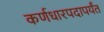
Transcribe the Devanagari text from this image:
कर्णधारपदापर्यंत